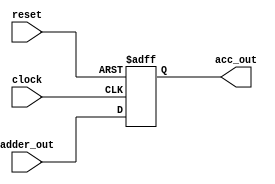
`timescale 1ns / 1ps
//////////////////////////////////////////////////////////////////////////////////
module Accumulator(clock, reset, adder_out, acc_out);
    input clock, reset;
    input [63:0] adder_out;
    output reg [63:0] acc_out;
    
    always @(posedge reset, posedge clock)
        begin
            if (reset == 1)
                acc_out <= 64'h0000000000000000;
            else 
                acc_out <= adder_out;
        end
endmodule